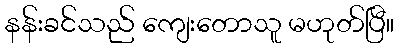
နန်းခင်သည် ကျေးတောသူ မဟုတ်ပြီ။